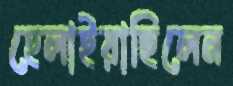
হেলাইয়াছিলেন